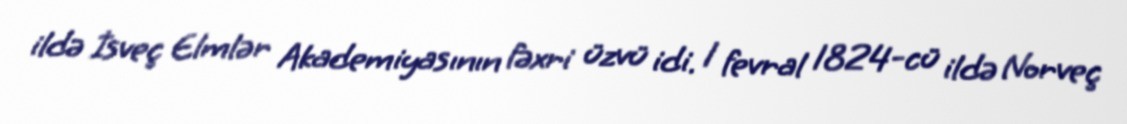
ildə İsveç Elmlər Akademiyasının fəxri üzvü idi. 1 fevral 1824-cü ildə Norveç